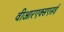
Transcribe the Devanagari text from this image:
वीआरएक्सएसई